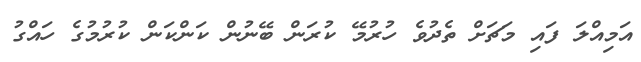
އަމިއްލަ ފައި މަޗަށް ތެދުވެ ހުރުމޭ ކުރަން ބޭނުން ކަންކަން ކުރުމުގެ ހައްގު